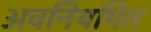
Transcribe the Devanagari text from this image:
अवनियमित